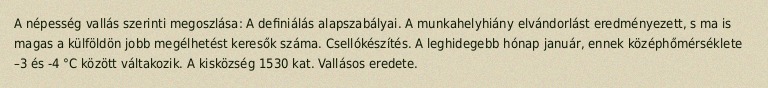
A népesség vallás szerinti megoszlása: A definiálás alapszabályai. A munkahelyhiány elvándorlást eredményezett, s ma is magas a külföldön jobb megélhetést keresők száma. Csellókészítés. A leghidegebb hónap január, ennek középhőmérséklete –3 és -4 °C között váltakozik. A kisközség 1530 kat. Vallásos eredete.